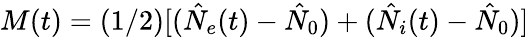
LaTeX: M(t)=(1/2)[(\hat{N}_{e}(t)-\hat{N}_{0})+(\hat{N}_{i}(t)-\hat{N}_{0})]